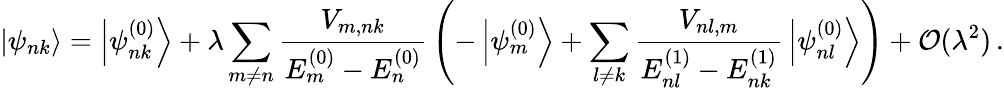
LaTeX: \left|\psi_{nk}\right\rangle=\left|\psi_{nk}^{(0)}\right\rangle+\lambda\sum_{m\neq n}{\frac{V_{m,nk}}{E_{m}^{(0)}-E_{n}^{(0)}}}\left(-\left|\psi_{m}^{(0)}\right\rangle+\sum_{l\neq k}{\frac{V_{nl,m}}{E_{nl}^{(1)}-E_{nk}^{(1)}}}\left|\psi_{nl}^{(0)}\right\rangle\right)+{\mathcal{O}}(\lambda^{2})\, .